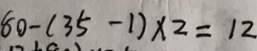
8 0 - ( 3 5 - 1 ) \times 2 = 1 2